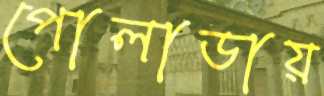
পোলাডায়